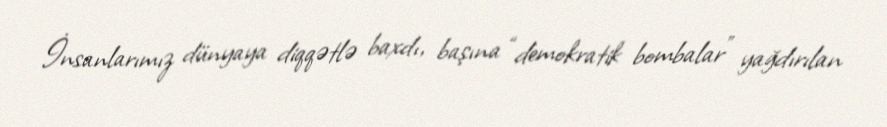
İnsanlarımız dünyaya diqqətlə baxdı, başına “demokratik bombalar” yağdırılan